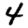
Digit: 4